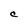
Character: C